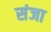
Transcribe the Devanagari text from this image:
संजा